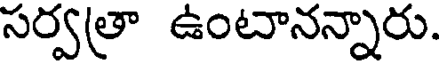
సర్వత్రా ఉంటానన్నారు.